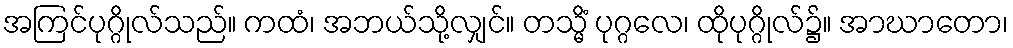
အကြင်ပုဂ္ဂိုလ်သည်။ ကထံ၊ အဘယ်သို့လျှင်။ တသ္မိံ ပုဂ္ဂလေ၊ ထိုပုဂ္ဂိုလ်၌။ အာဃာတော၊